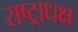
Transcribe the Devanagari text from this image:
राष्ट्राधक्ष